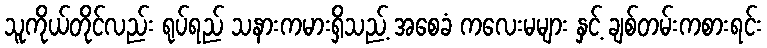
သူကိုယ်တိုင်လည်း ရုပ်ရည် သနားကမားရှိသည့် အစေခံ ကလေးမများ နှင့် ချစ်တမ်းကစားရင်း